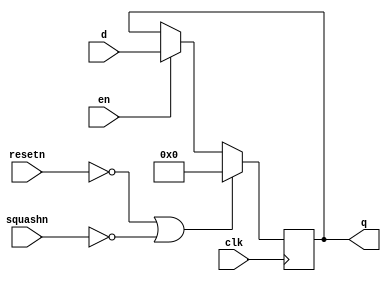
module pipereg_1(d,clk,resetn,en,squashn,q);
parameter WIDTH=32;
input clk;
input resetn;
input en;
input squashn;
input [WIDTH-1:0] d;
output [WIDTH-1:0] q;
reg [WIDTH-1:0] q;
always @(posedge clk)   
begin
  if (resetn==0 || squashn==0)
    q<=0;
  else if (en==1)
    q<=d;
end
endmodule